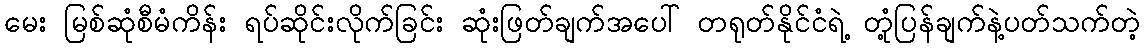
မေး မြစ်ဆုံစီမံကိန်း ရပ်ဆိုင်းလိုက်ခြင်း ဆုံးဖြတ်ချက်အပေါ် တရုတ်နိုင်ငံရဲ့ တုံ့ပြန်ချက်နဲ့ပတ်သက်တဲ့